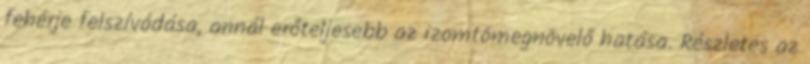
fehérje felszívódása, annál erőteljesebb az izomtömegnövelő hatása. Részletes az